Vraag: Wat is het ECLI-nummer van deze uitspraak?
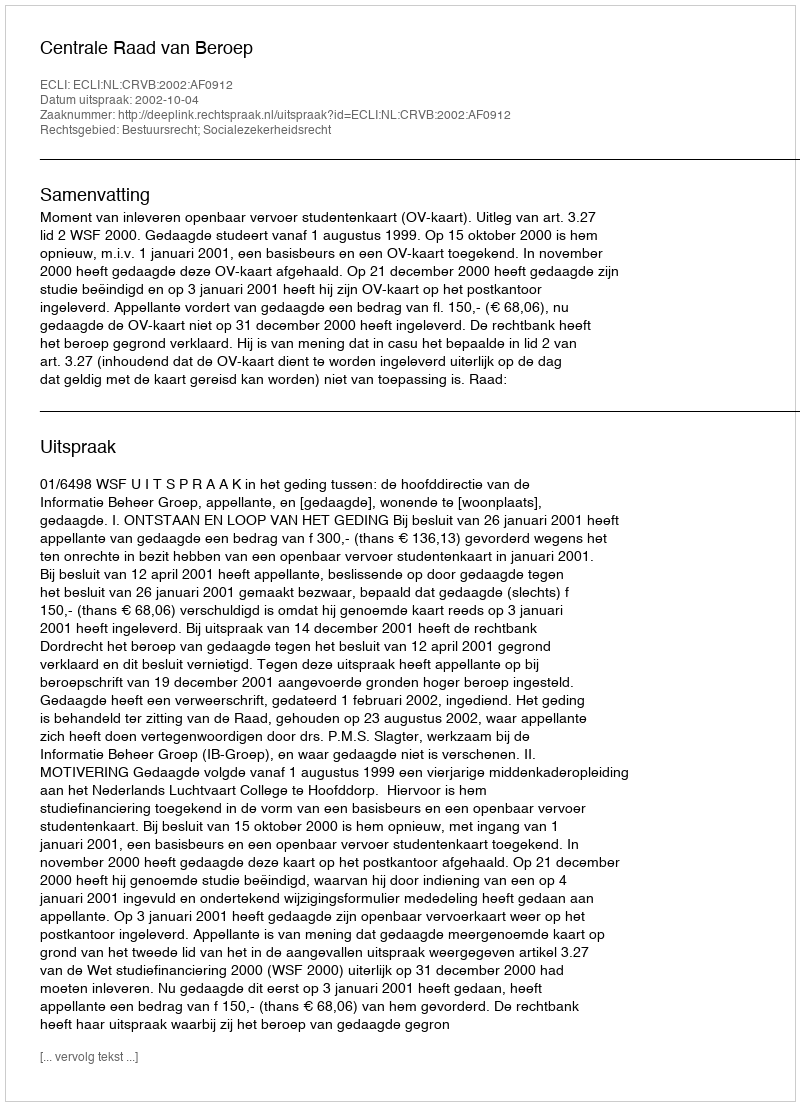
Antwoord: ECLI:NL:CRVB:2002:AF0912